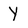
Character: Y